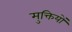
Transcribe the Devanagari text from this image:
मुक्तियों